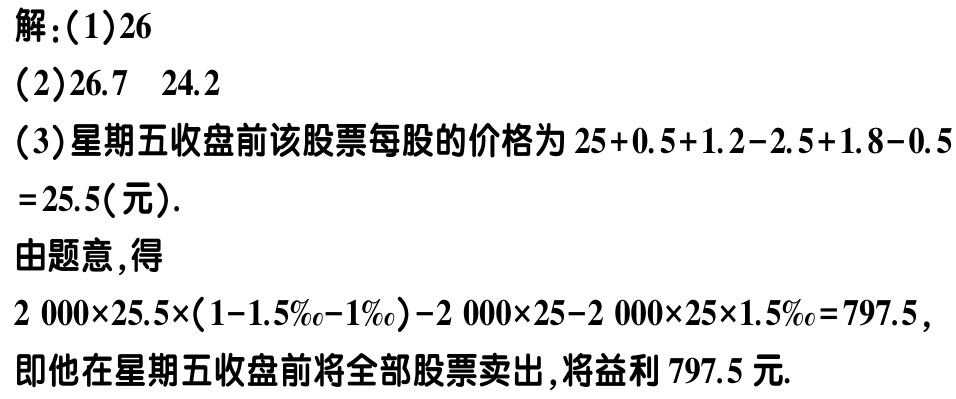
解：(1)$26$
(2)$26.7\ \ 24.2$
(3)星期五收盘前该股票每股的价格为\(25 + 0.5 + 1.2 - 2.5 + 1.8 - 0.5\)
\( = 25.5\)（元）.
由题意，得
\(2\ 000\times25.5\times(1 - 1.5‰ - 1‰)-2\ 000\times25 - 2\ 000\times25\times1.5‰ = 797.5\)，
即他在星期五收盘前将全部股票卖出，将益利\(797.5\)元.